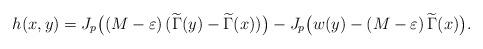
LaTeX: \begin{align*}h(x, y)=J_p\big((M-\varepsilon)\,(\widetilde\Gamma(y)-\widetilde\Gamma(x))\big)-J_p\big(w(y)-(M-\varepsilon)\,\widetilde\Gamma(x)\big).\end{align*}